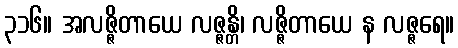
၃၁၆။ အလဇ္ဇိတာယေ လဇ္ဇန္တိ၊ လဇ္ဇိတာယေ န လဇ္ဇရေ။